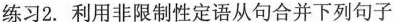
练习2. 利用非限制性定语从句合并下列句子